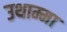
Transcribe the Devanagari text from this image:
उथाम्मा